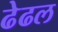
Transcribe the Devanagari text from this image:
ढेढल